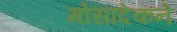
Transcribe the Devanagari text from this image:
मोसादेकने